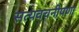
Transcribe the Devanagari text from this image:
सत्यवचनीपणा